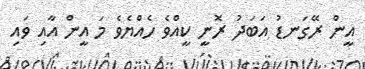
އީން ރޭގަނޑު އަބަދު ރޮނީ ކީއްވެ ހެއްޔެވެ މަ އީން އާއި ވައި